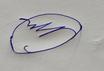
Signature authenticity: forged